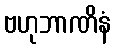
ဗဟုဘာဏိနံ